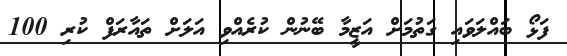
ފަޅޯ ބައްލަވައި ގަތުމަށް އަޒީމާ ބޭނުން ކުރެއްވި އަލަށް ތައާރަފް ކުރި 100